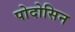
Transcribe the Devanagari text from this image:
पोदोसिन